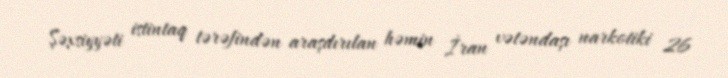
Şəxsiyyəti istintaq tərəfindən araşdırılan həmin İran vətəndaşı narkotiki 26